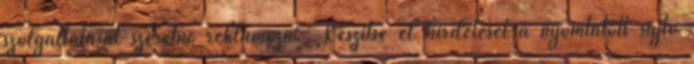
szolgáltatását szeretné reklámozni. Készítse el hirdetését a nyomtatott sajtó